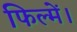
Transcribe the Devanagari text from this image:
फिल्में।